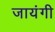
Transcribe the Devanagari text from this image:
जायंगी